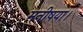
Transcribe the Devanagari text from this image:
मनीषया।